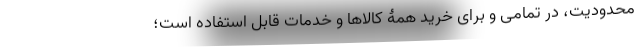
محدودیت، در تمامی و برای خرید همۀ کالاها و خدمات قابل استفاده است؛